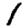
Digit: 1